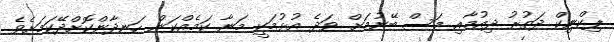
ޕިކްނިކް ދަތުރު ދިއުމާއި މަސް ބޭނުމަށް ވަދެ އުޅުމަކީ މަނާ ކަމެއްކަން ހަނދާންކޮށްދޭކަމަށެވެ.